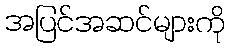
အပြင်အဆင်များကို